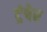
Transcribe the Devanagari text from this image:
ट्रंपेर